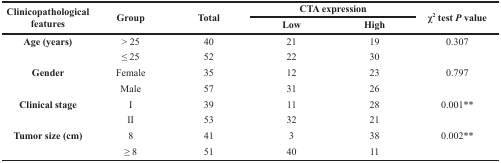
<table><thead><tr><td rowspan="2"><b>Clinicopathological features</b></td><td rowspan="2"><b>Group</b></td><td rowspan="2"><b>Total</b></td><td colspan="2"><b>CTA expression</b></td><td rowspan="2"><b>χ<sup>2</sup> test <i>P</i> value</b></td></tr><tr><td><b>Low</b></td><td><b>High</b></td></tr></thead><tbody><tr><td><b>Age (years)</b></td><td>&gt; 25</td><td>40</td><td>21</td><td>19</td><td>0.307</td></tr><tr><td></td><td>≤ 25</td><td>52</td><td>22</td><td>30</td><td></td></tr><tr><td><b>Gender</b></td><td>Female</td><td>35</td><td>12</td><td>23</td><td>0.797</td></tr><tr><td></td><td>Male</td><td>57</td><td>31</td><td>26</td><td></td></tr><tr><td><b>Clinical stage</b></td><td>I</td><td>39</td><td>11</td><td>28</td><td>0.001**</td></tr><tr><td></td><td>II</td><td>53</td><td>32</td><td>21</td><td></td></tr><tr><td><b>Tumor size (cm)</b></td><td>8</td><td>41</td><td>3</td><td>38</td><td>0.002**</td></tr><tr><td></td><td>≥ 8</td><td>51</td><td>40</td><td>11</td><td></td></tr></tbody></table>